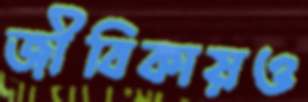
জীবিকায়ও